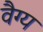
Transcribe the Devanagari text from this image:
वैग्य